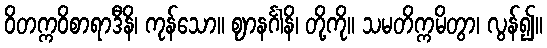
ဝိတက္ကဝိစာရာဒီနိ၊ ကုန်သော။ ဈာနင်္ဂါနိ၊ တို့ကို။ သမတိက္ကမိတွာ၊ လွန်၍။